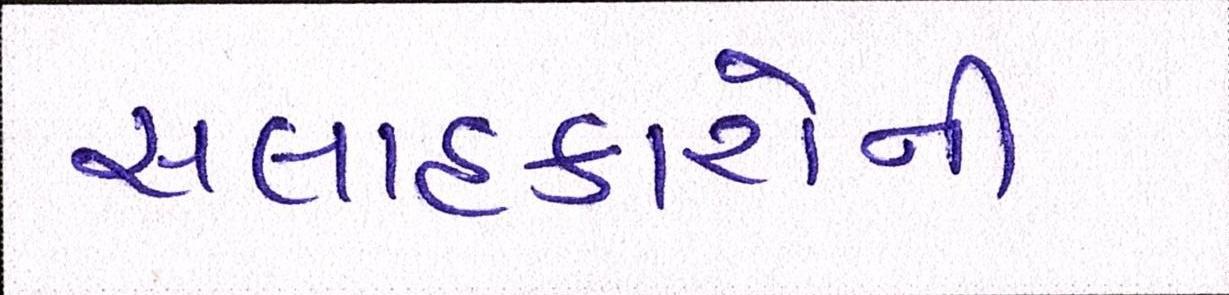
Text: સલાહકારોની